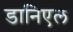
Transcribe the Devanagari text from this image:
डानिएल